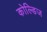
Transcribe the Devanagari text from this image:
कोल्डिज